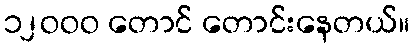
၁၂ဝဝဝ တောင် တောင်းနေတယ်။